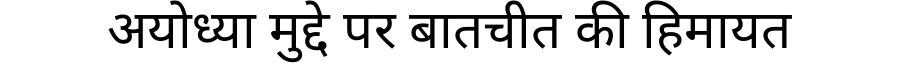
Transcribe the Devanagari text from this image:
अयोध्या मुद्दे पर बातचीत की हिमायत